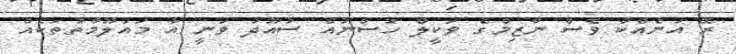
ރޭ އަނެއްކާ ވެސް ނާޒިމްގެ ވަކީލް ހުސްނުއް ސުއޫދު ވަނީ އާ މައުލޫމާތުތަކެއް